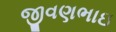
જીવણભાઇ